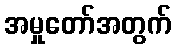
အမှုတော်အတွက်